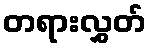
တရားလွှတ်